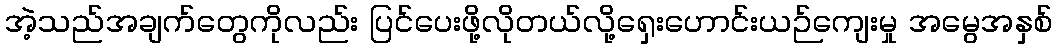
အဲ့သည်အချက်တွေကိုလည်း ပြင်ပေးဖို့လိုတယ်လို့ရှေးဟောင်းယဉ်ကျေးမှု အမွေအနှစ်